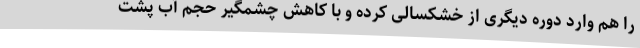
را هم وارد دوره دیگری از خشکسالی کرده و با کاهش چشمگیر حجم آب پشت